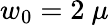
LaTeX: w_{0}=2\mathrm{~}\mu